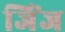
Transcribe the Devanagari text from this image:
जिंज